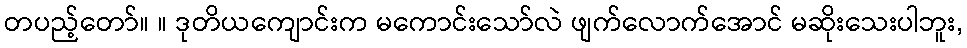
တပည့်တော်။ ။ ဒုတိယကျောင်းက မကောင်းသော်လဲ ဖျက်လောက်အောင် မဆိုးသေးပါဘူး,